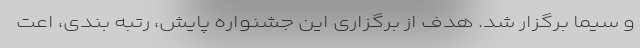
و سیما برگزار شد. هدف از برگزاری این جشنواره پایش، رتبه بندی، اعت